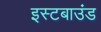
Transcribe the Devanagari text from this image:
इस्टबाउंड